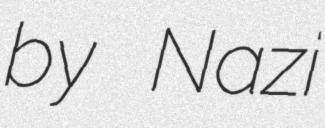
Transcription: by Nazi